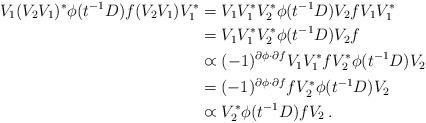
LaTeX: \begin{align*}V_1(V_2V_1)^*\phi(t^{-1}D)f(V_2V_1)V_1^*&=V_1V_1^*V_2^*\phi(t^{-1}D)V_2fV_1V_1^*\\&=V_1V_1^*V_2^*\phi(t^{-1}D)V_2f\\&\varpropto (-1)^{\partial \phi\cdot\partial f}V_1V_1^*fV_2^*\phi(t^{-1}D)V_2\\&=(-1)^{\partial \phi\cdot\partial f}fV_2^*\phi(t^{-1}D)V_2\\&\varpropto V_2^*\phi(t^{-1}D)fV_2\,.\end{align*}